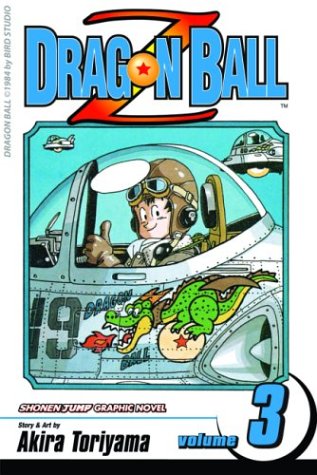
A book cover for Dragon Ball Z, Vol. 3; Akira Toriyama; Children's Books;